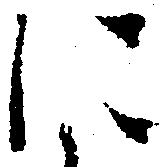
に